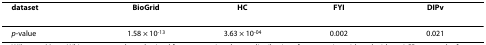
<table><thead><tr><td><b>dataset</b></td><td><b>BioGrid</b></td><td><b>HC</b></td><td><b>FYI</b></td><td><b>DIPv</b></td></tr></thead><tbody><tr><td><i>p</i>-value</td><td>1.58 × 10<sup>-13</sup></td><td>3.63 × 10<sup>-04</sup></td><td>0.002</td><td>0.021</td></tr></tbody></table>